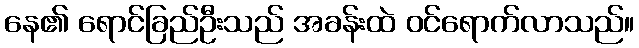
နေ၏ ရောင်ခြည်ဦးသည် အခန်းထဲ ဝင်ရောက်လာသည်။